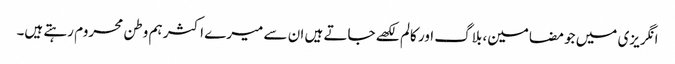
انگریزی میں جو مضامین، بلاگ اور کالم لکھے جاتے ہیں ان سے میرے اکثر ہم وطن محروم رہتے ہیں۔